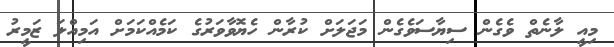
މިއީ ލާނެތް ވެގެން ސިޔާސަވެގެން މަޖަލަށް ކުރާން ހެޔޮވާވަރުގެ ކަމެއްކަމަށް އަމިއްލަ ޒަމީރު